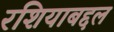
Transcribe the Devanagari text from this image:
रशियाबद्दल